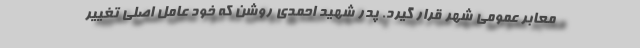
معابر عمومی شهر قرار گیرد. پدر شهید احمدی روشن که خود عامل اصلی تغییر